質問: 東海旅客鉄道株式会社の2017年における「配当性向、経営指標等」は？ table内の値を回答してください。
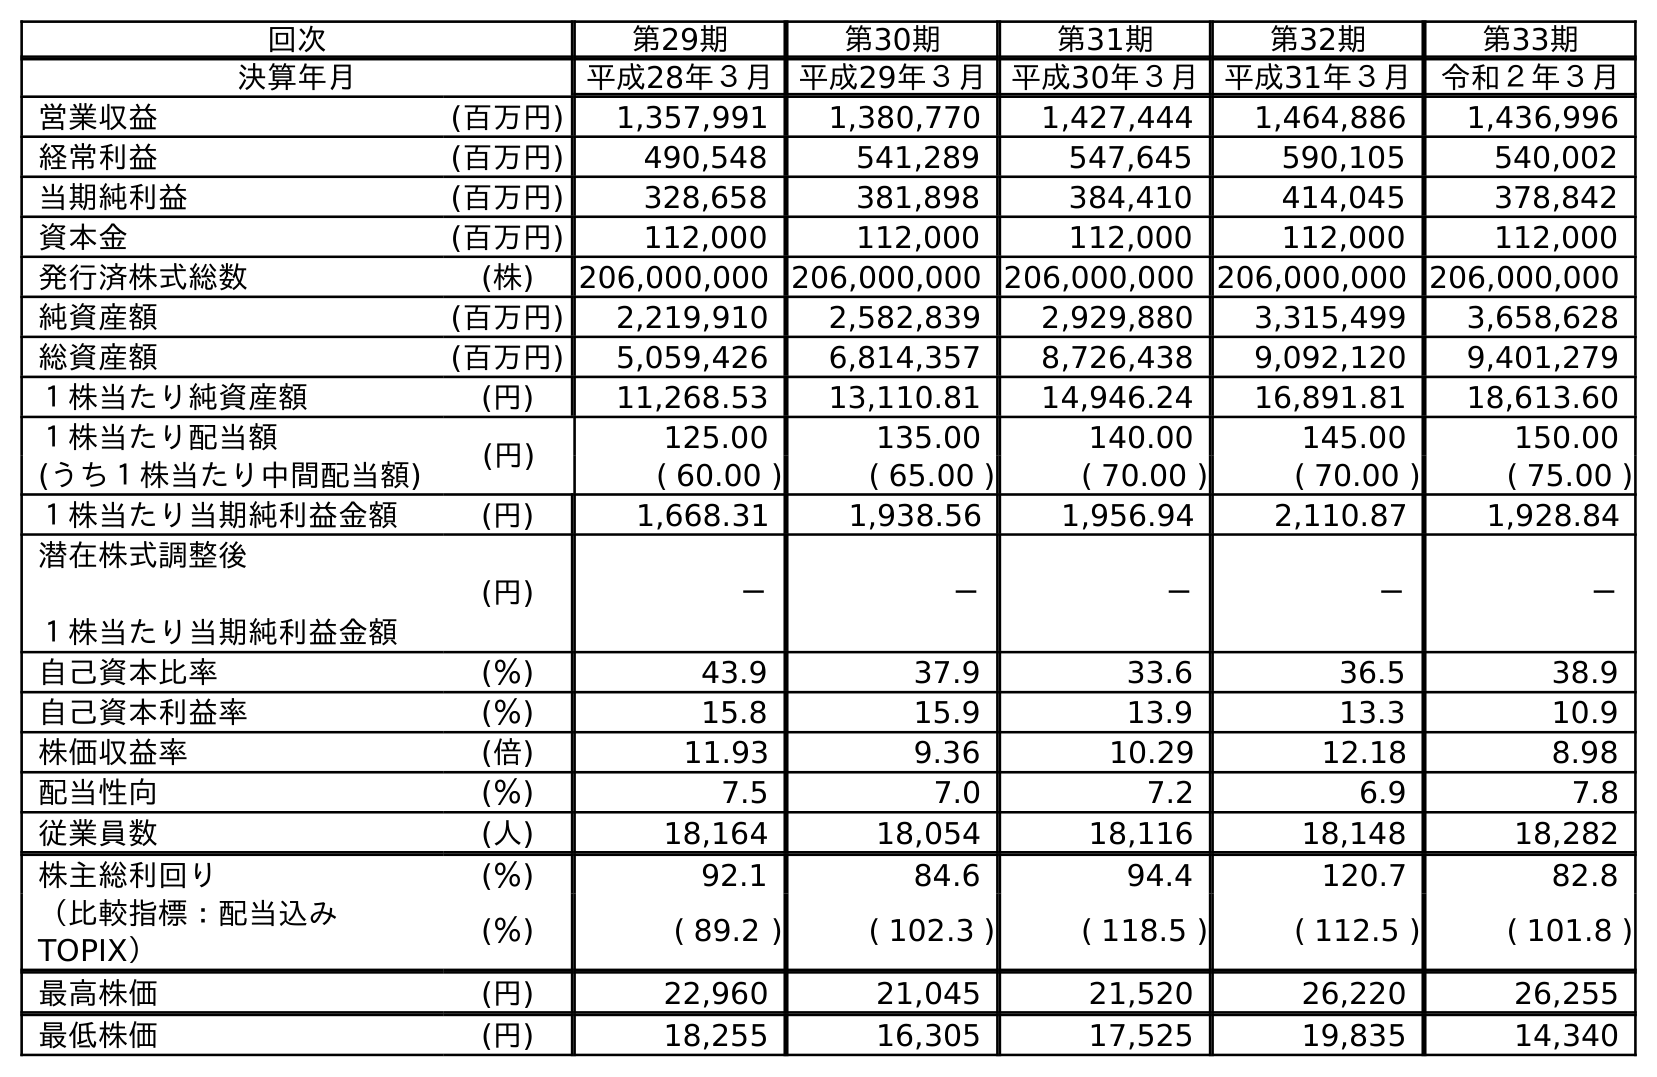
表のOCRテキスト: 回次 第29期 第30期 第31期 第32期 第33期 決算年月 平成28年３月 平成29年３月 平成30年３月 平成31年３月 令和２年３月 営業収益 (百万円) 1,357,991 1,380,770 1,427,444 1,464,886 1,436,996 経常利益 (百万円) 490,548 541,289 547,645 590,105 540,002 当期純利益 (百万円) 328,658 381,898 384,410 414,045 378,842 資本金 (百万円) 112,000 112,000 112,000 112,000 112,000 発行済株式総数 (株) 206,000,000 206,000,000 206,000,000 206,000,000 206,000,000 純資産額 (百万円) 2,219,910 2,582,839 2,929,880 3,315,499 3,658,628 総資産額 (百万円) 5,059,426 6,814,357 8,726,438 9,092,120 9,401,279 １株当たり純資産額 (円) 11,268.53 13,110.81 14,946.24 16,891.81 18,613.60 １株当たり配当額 (円) 125.00 135.00 140.00 145.00 150.00 (うち１株当たり中間配当額) ( 60.00 ) ( 65.00 ) ( 70.00 ) ( 70.00 ) ( 75.00 ) １株当たり当期純利益金額 (円) 1,668.31 1,938.56 1,956.94 2,110.87 1,928.84 潜在株式調整後 １株当たり当期純利益金額 (円) － － － － － 自己資本比率 (％) 43.9 37.9 33.6 36.5 38.9 自己資本利益率 (％) 15.8 15.9 13.9 13.3 10.9 株価収益率 (倍) 11.93 9.36 10.29 12.18 8.98 配当性向 (％) 7.5 7.0 7.2 6.9 7.8 従業員数 (人) 18,164 18,054 18,116 18,148 18,282 株主総利回り (％) 92.1 84.6 94.4 120.7 82.8 （比較指標：配当込み TOPIX） (％) ( 89.2 ) ( 102.3 ) ( 118.5 ) ( 112.5 ) ( 101.8 ) 最高株価 (円) 22,960 21,045 21,520 26,220 26,255 最低株価 (円) 18,255 16,305 17,525 19,835 14,340
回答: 7.0